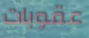
عقوبات